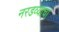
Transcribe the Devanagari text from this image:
नरडव्याचा